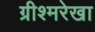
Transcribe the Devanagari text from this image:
ग्रीश्मरेखा